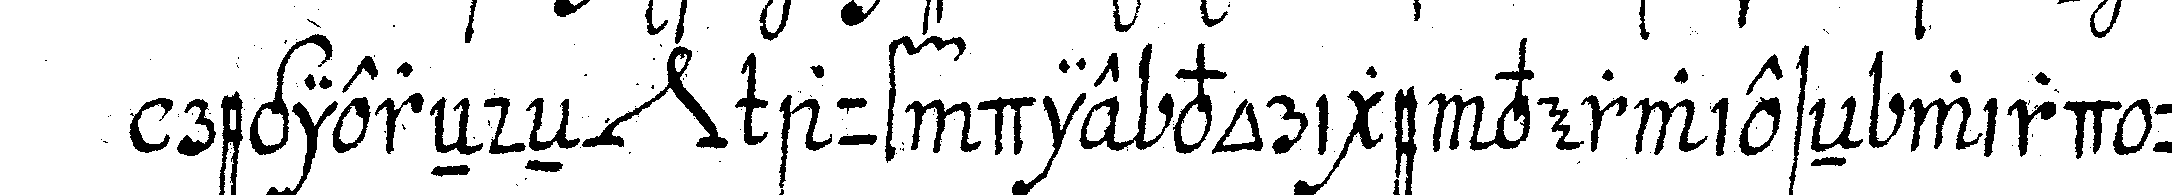
regiereNdeN *nee* auf die vorige verwieseN wird und